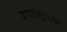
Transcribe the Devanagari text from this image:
उपावटुका